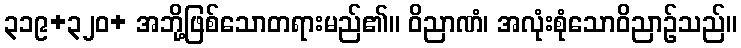
၃၁၉+၃၂၀+ အဘို့ဖြစ်သောတရားမည်၏။ ဝိညာဏံ၊ အလုံးစုံသောဝိညာဉ်သည်။